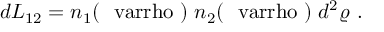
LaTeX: d L _ { 1 2 } = n _ { 1 } ( { \mathrm { \boldmath ~ \ v a r r h o ~ } } ) \; n _ { 2 } ( { \mathrm { \boldmath ~ \ v a r r h o ~ } } ) \; d ^ { 2 } \varrho \ .